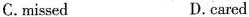
C.missed D.cared